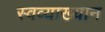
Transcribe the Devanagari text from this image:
स्वव्याख्यान